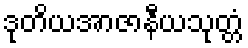
ဒုတိယအာဇာနီယသုတ္တံ